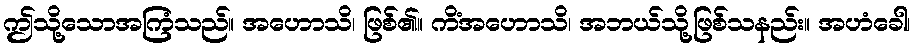
ဤသို့သောအကြံသည်။ အဟောသိ၊ ဖြစ်၏။ ကိံအဟောသိ၊ အဘယ်သို့ဖြစ်သနည်း။ အဟံခေါ၊